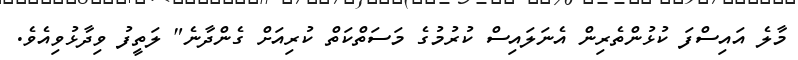
މާލެ އައިސްފަ ކުޅުންތެރިން އެނަލައިސް ކުރުމުގެ މަސަތްކަތް ކުރިއަށް ގެންދާނެ" ލަތީފު ވިދާޅުވިއެވެ.